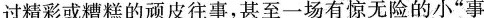
过精彩或糟糕的顽皮往事，甚至一场有惊无险的小”事